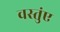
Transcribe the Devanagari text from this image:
वस्तुंए